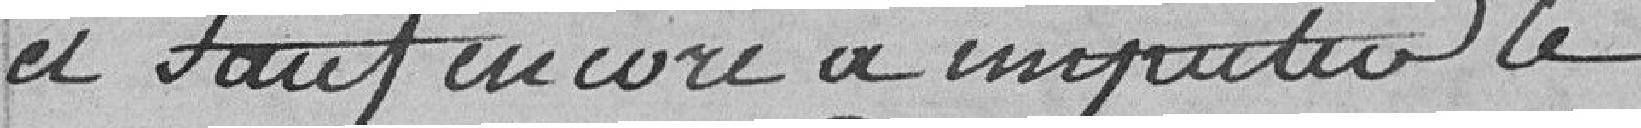
et sauf encore à imputer le